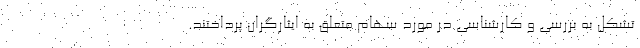
تشکل به بررسی و کارشناسی در مورد سهام متعلق به ایثارگران پرداختند.